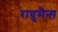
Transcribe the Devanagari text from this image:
राघुमैना